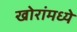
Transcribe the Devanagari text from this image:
खोरांमध्ये